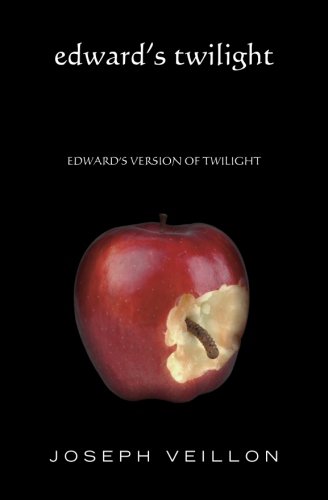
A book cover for Edward's Twilight: edward's version of twilight; Joseph Veillon; Humor & Entertainment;